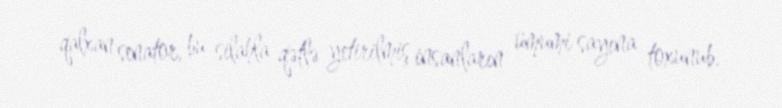
qalxan senator, bu silahla qətlə yetirilmiş insanların ümumi sayına toxunub.